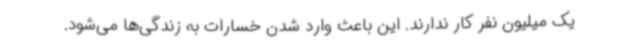
یک میلیون نفر کار ندارند. این باعث وارد شدن خسارات به زندگی‌ها می‌شود.